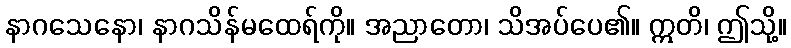
နာဂသေနော၊ နာဂသိန်မထေရ်ကို။ အညာတော၊ သိအပ်ပေ၏။ ဣတိ၊ ဤသို့။